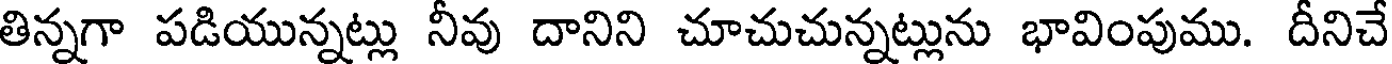
తిన్నగా పడియున్నట్లు నీవు దానిని చూచుచున్నట్లును భావింపుము. దీనిచే